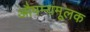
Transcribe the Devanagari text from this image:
औपम्यमूलक